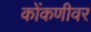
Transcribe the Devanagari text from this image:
कोंकणीवर